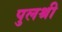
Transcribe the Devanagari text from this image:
पुलश्री